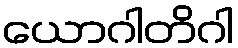
ယောဂါတိဂါ